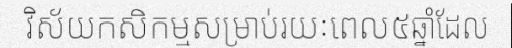
វិស័យកសិកម្មសម្រាប់រយៈពេល៥ឆ្នាំដែល